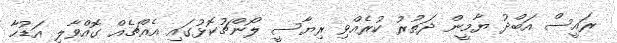
ރައީސް އަބްދު ޔާމީން ދަތުރު ކުރެއްވި ރިޔާސީ ލޯންޗުކޮޅުގައި އެއްޗެއް ގޮއްވާލި އަޑުހާ